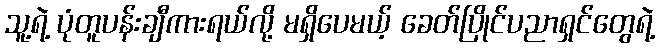
သူ့ရဲ့ ပုံတူပန်းချီကားရယ်လို့ မရှိပေမယ့် ခေတ်ပြိုင်ပညာရှင်တွေရဲ့